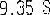
9.35 S